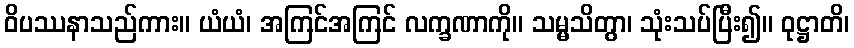
ဝိပဿနာသည်ကား။ ယံယံ၊ အကြင်အကြင် လက္ခဏာကို။ သမ္မသိတွာ၊ သုံးသပ်ပြီး၍။ ဝုဋ္ဌာတိ၊